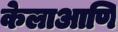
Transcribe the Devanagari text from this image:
केलाआणि